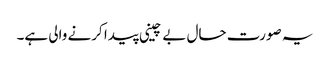
یہ صورت حال بے چینی پیدا کرنے والی ہے۔